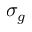
\sigma _ { g }